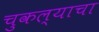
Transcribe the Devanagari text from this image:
चुकल्याचा